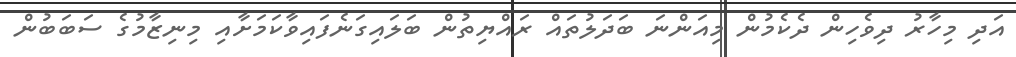
އަދި މިހާރު ދިވެހިން ދެކެމުން މިއަންނަ ބަދަލުތައް ރައްޔިތުން ބަލައިގަނެފައިވާކަމަށާއި މިނިޒާމުގެ ސަބަބުން